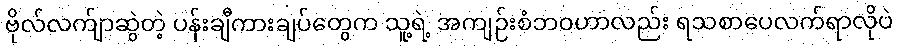
ဗိုလ်လက်ျာဆွဲတဲ့ ပန်းချီကားချပ်တွေက သူ့ရဲ့ အကျဉ်းစံဘဝဟာလည်း ရသစာပေလက်ရာလိုပဲ